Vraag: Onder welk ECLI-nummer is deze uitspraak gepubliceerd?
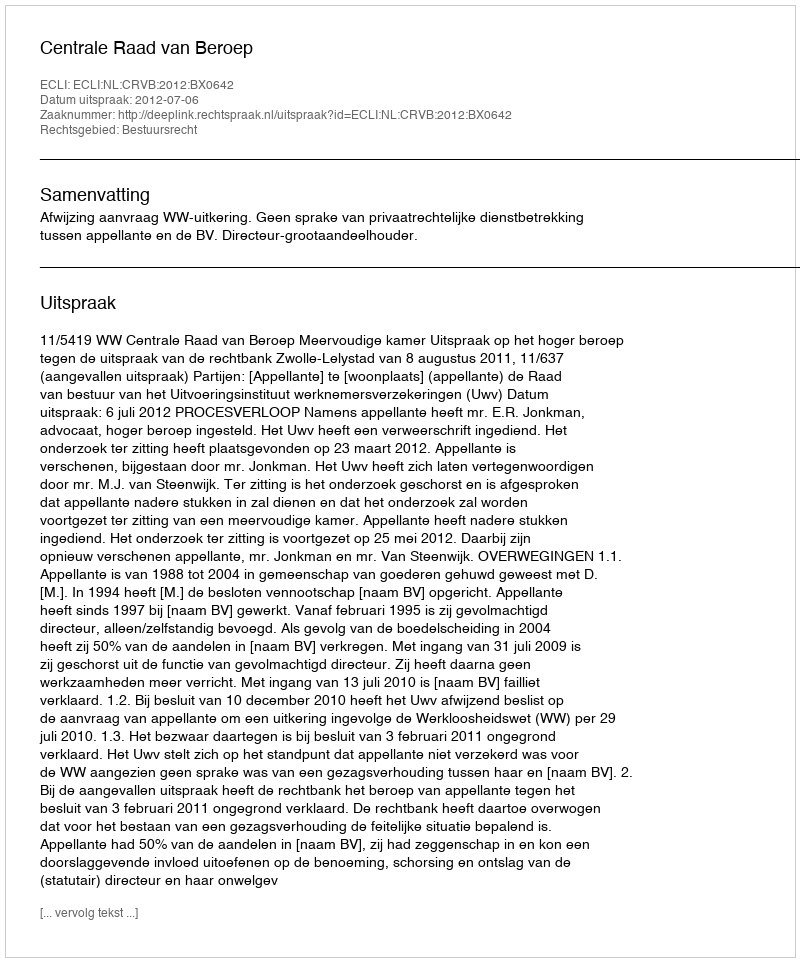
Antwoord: ECLI:NL:CRVB:2012:BX0642